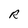
Character: R